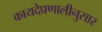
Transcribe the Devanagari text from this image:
कायदेप्रणालीनुसार